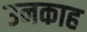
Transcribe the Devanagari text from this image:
उनकाह